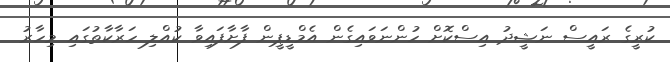
ކުރީގެ ރައީސް ނަޝީދު އިސްކޮށް ހުންނަވައިގެން އެމްޑީޕީން ފާށާފައިވާ ކުއްލި ހަރާކާތުގައި މިހާރު